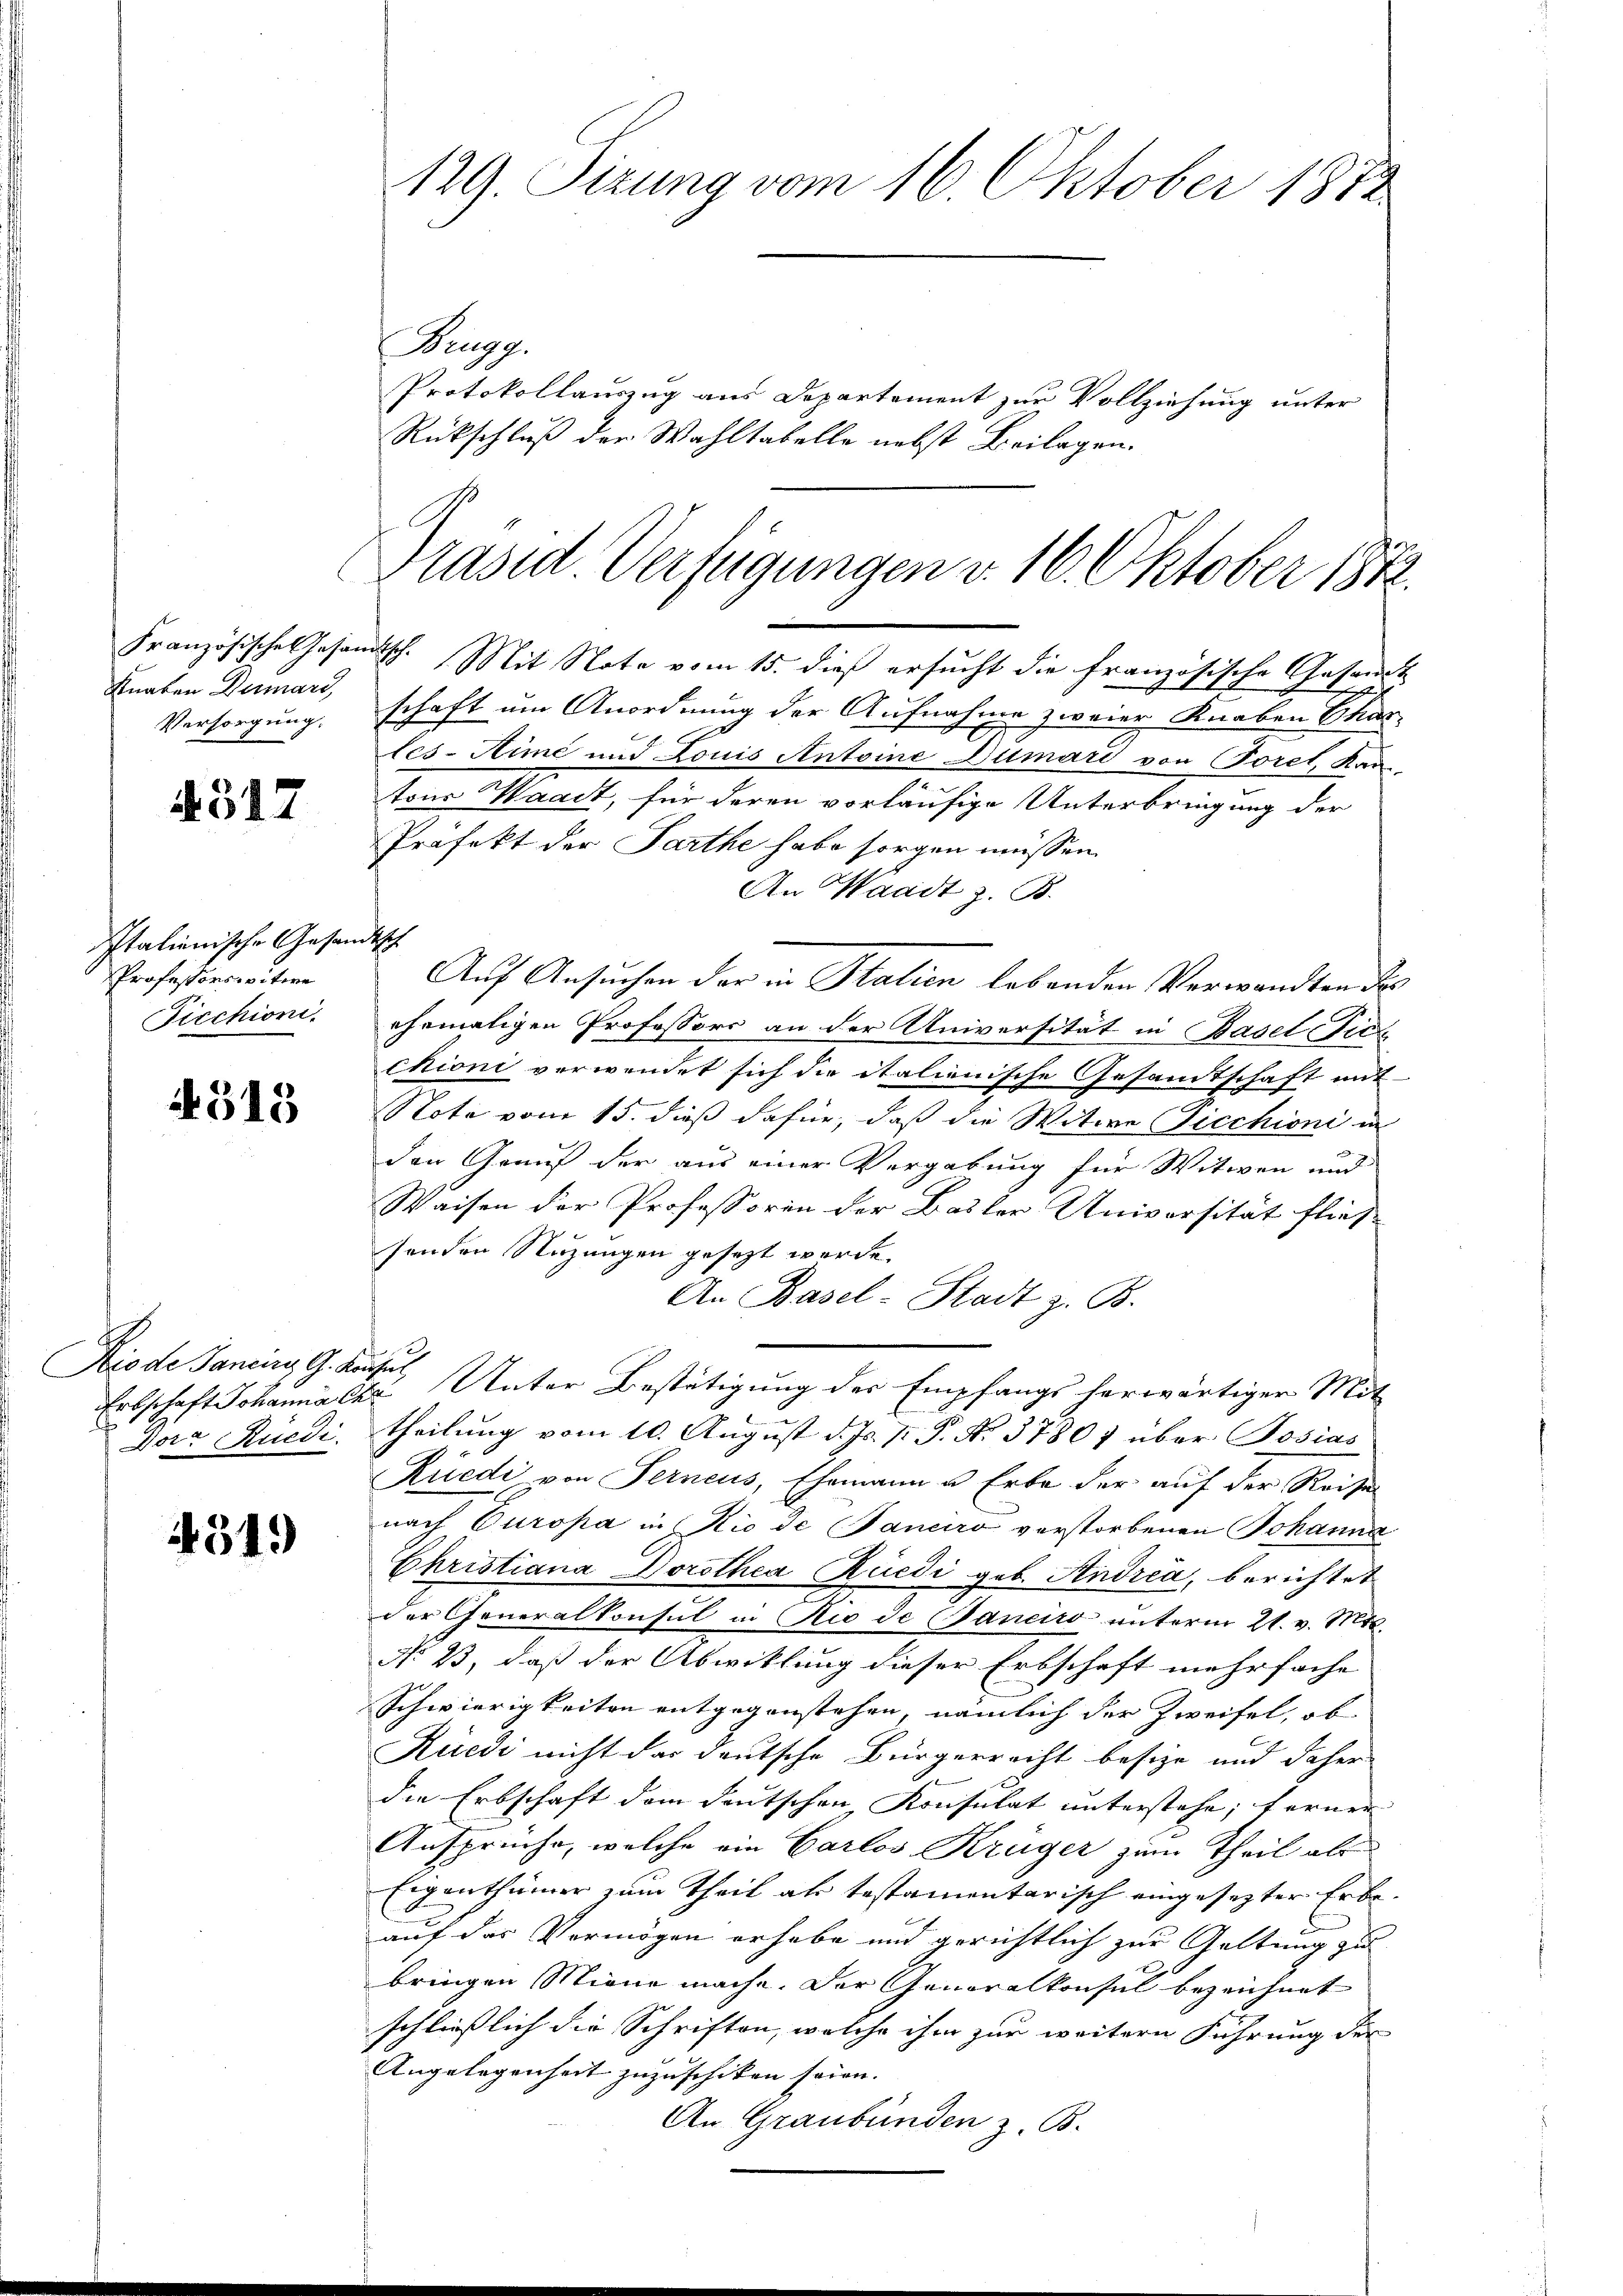
Versorgung.

4517

Italienische Gesandtsch
PProfessorswitwe
Ficchioni.

4315

Diode Janeines G. Kausar
Dotr Rüedi

4519

129. Sizung vom 16. Oktober 1872
Brugg

Protokollauszug aus Departement zur Vollziehung unter
Rückschluß der Wahltabelle nebst Beilagen.
Französische Gesandtsch. Mit Note vom 15. dieß ersucht die Französische Gesandt
Knaten Dumari, schaft um Anordnung der Aufnahme zweier Knaben Thas-
les-Aime und Louis Antoine Dumari von Toret, Kan
tons Waadt, für deren vorläufige Unterbringung der
Präfekt der Parthe habe sorgen müssen.
An Waadt z. B.
Auf Ansuchen der in Station lebenden Verwandten des
ehemaligen Professors an der Universität in Basel-Vica
chioni verwendet sich die italienische Gesamtschaft mit
Note vom 15. dieß dafür, daß die Witwe Jecchioni in
den Genuß der aus einer Vergabung für Witwen und
Waisen der Professoren der Basler Universität flies-
senden Nutzungen gesezt werde.
An Basel-Stadt z. B.
xx
Erbschaft Johanna Chr. Unter Bestätigung der Empfangs herwärtiger Mit
theilung vom 10. August d. Js. p. P. Nr. 37807 über Josias
Rüedi von Ferneus, Ehemann u. Erbe der auf der Reise
nach Europa in Rio de (Saneiro verstorbenen Johanna
Christiana Dorothea Rüedi geb. Andrea, berichtet
der Generalkonsul in Rio de aneiro unterm 21. v. Mts.
No 23, daß der Abwicklung dieser Erbschaft mehrfache
Schwierigkeiten entgegenstehen, nämlich der Zweifel, ob
Rüedi nicht das deutsche Bürgerrecht besize und daher
die Erbschaft dem deutschen, Konsulat unterstehe; ferner
Ansprüche, welche ein Carlos Krüger zum Theil als
Eigenthümer zum Theil als testamentarisch eingesezter Erbe-
auf der Vermögen erhabe und gerichtlich zur Geltung zu
bringen Miene mache. Der Generalkonsul bezeichnet
schließlich die Schriften, welche ihm zur weitern Führung der
Angelegenheit zuzuschiken seien. |
An Graubünden z. B.

Präsed Verfügungen v. 16. Oktober 1812.